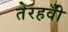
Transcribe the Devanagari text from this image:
तेरहवीँ